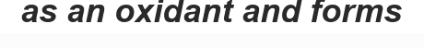
as an oxidant and forms